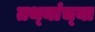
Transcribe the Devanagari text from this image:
तथ्‍यांच्‍या